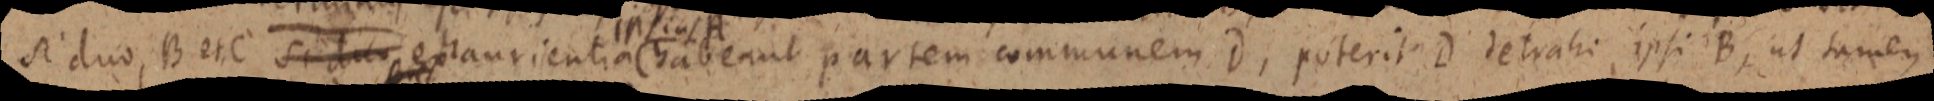
si duo, B et C si duo exhaurientia habeant partem communem D, poterit D detrahi ipsi B, ut tamen